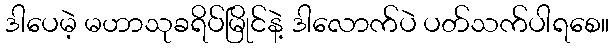
ဒါပေမဲ့ မဟာသုခရိပ်မြိုင်နဲ့ ဒါလောက်ပဲ ပတ်သက်ပါရစေ။